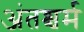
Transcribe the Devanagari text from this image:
अंतश्चर्म